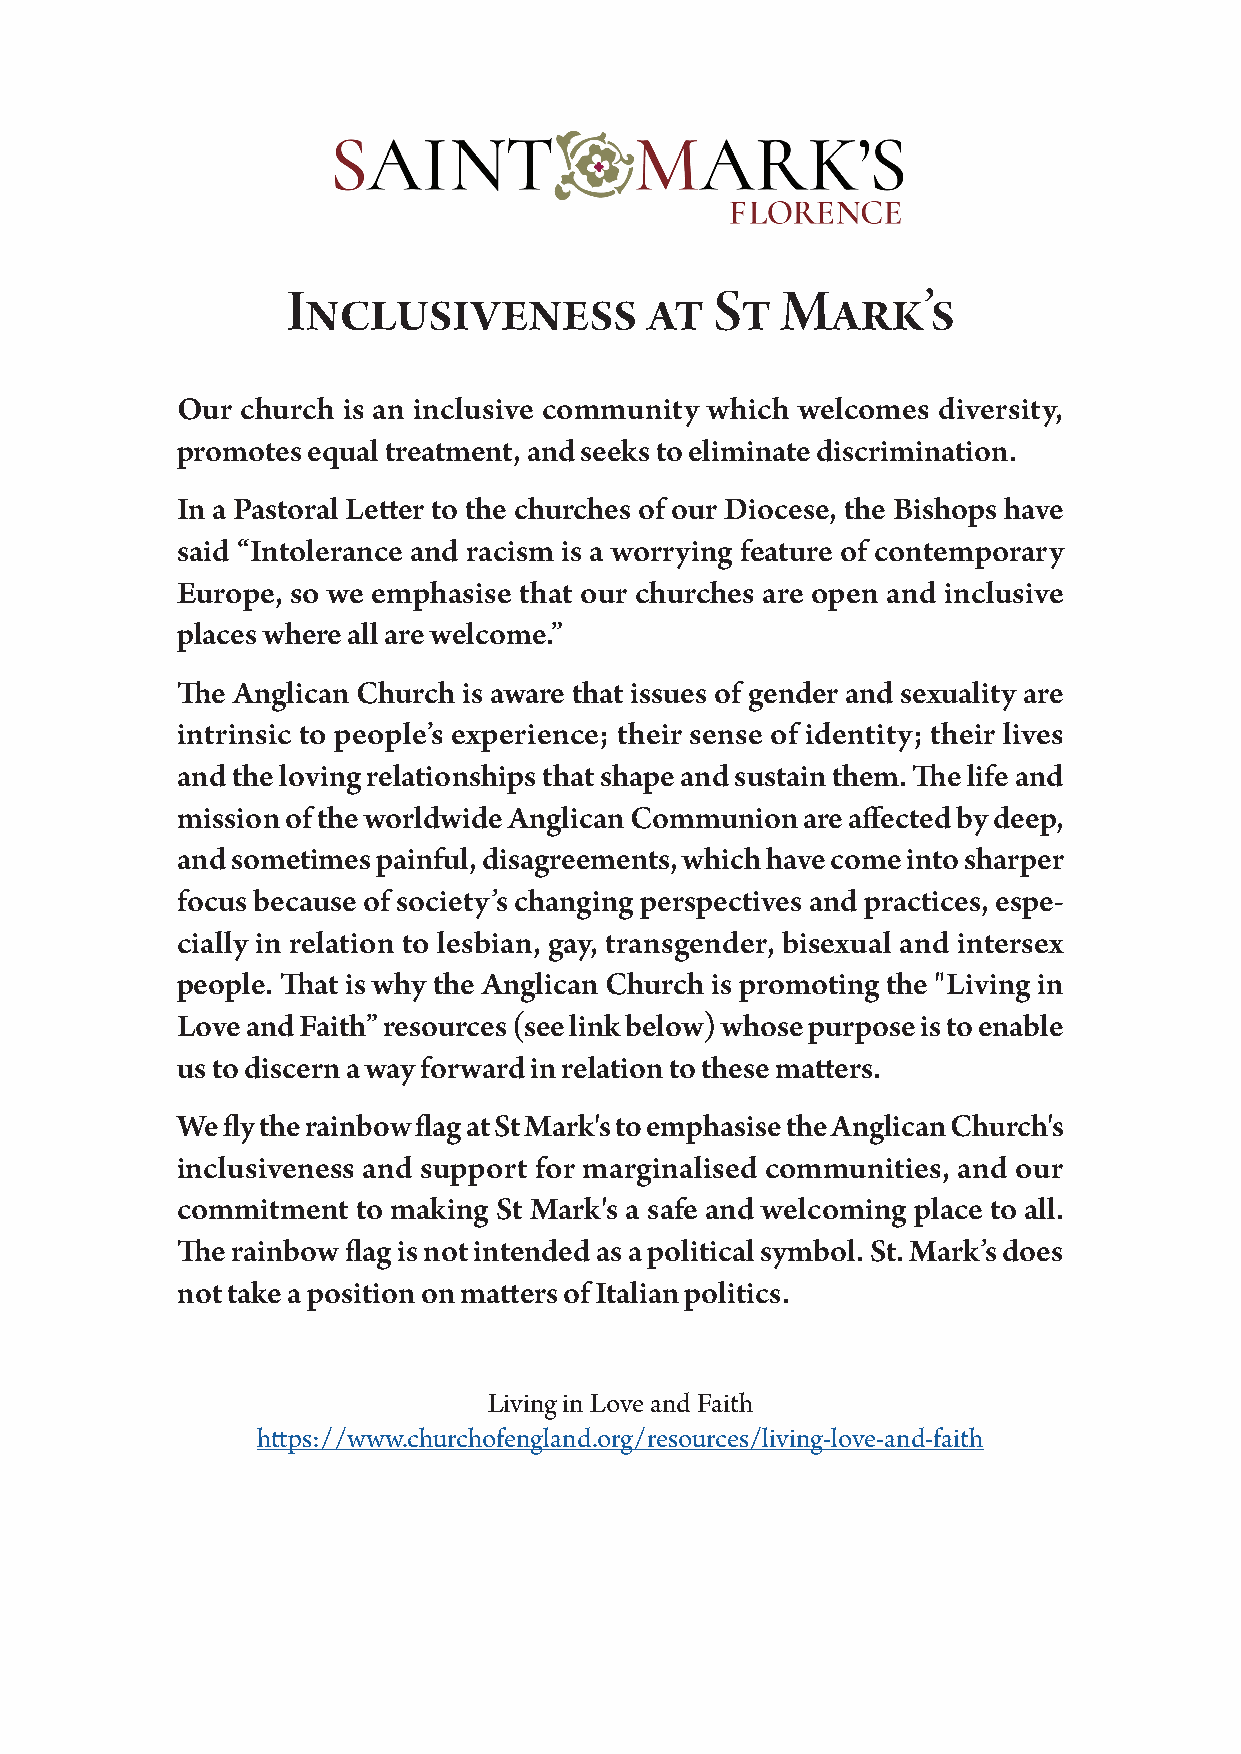
Inclusiveness           at  St   Mark’s
 Our church is an inclusive community which welcomes diversity,
 promotes equal treatment, and seeks to eliminate discrimination.
 In a Pastoral Letter to the churches of our Diocese, the Bishops have
 said “Intolerance and racism is a worrying feature of contemporary
 Europe, so we emphasise that our churches are open and inclusive
 places where all are welcome.”
 The Anglican Church is aware that issues of gender and sexuality are
 intrinsic to people’s experience; their sense of identity; their lives
 and the loving relationships that shape and sustain them. The life and
 mission of the worldwide Anglican Communion are affected by deep,
 and sometimes painful, disagreements, which have come into sharper
 focus because of society’s changing perspectives and practices, espe-
 cially in relation to lesbian, gay, transgender, bisexual and intersex
 people. That is why the Anglican Church is promoting the "Living in
 Love and Faith” resources (see link below) whose purpose is to enable
 us to discern a way forward in relation to these matters.
 We fly the rainbow flag at St Mark's to emphasise the Anglican Church's
 inclusiveness and support for marginalised communities, and our
 commitment  to making St Mark's a safe and welcoming place to all.
 The rainbow flag is not intended as a political symbol. St. Mark’s does
 not take a position on matters of Italian politics.
 Living in Love and Faith
 https://www.churchofengland.org/resources/living-love-and-faith